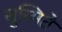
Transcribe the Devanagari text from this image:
सुस्मिते